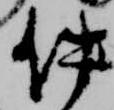
件